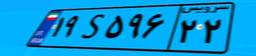
۲۸S۸۷۳۰۱